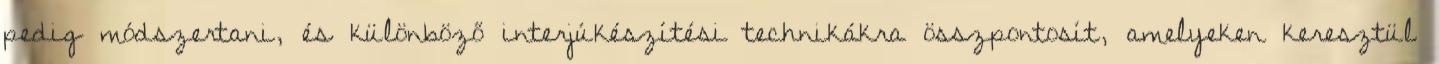
pedig módszertani, és különböző interjúkészítési technikákra összpontosít, amelyeken keresztül